Source: Computer-generated
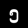
Digit: ၅ (5)